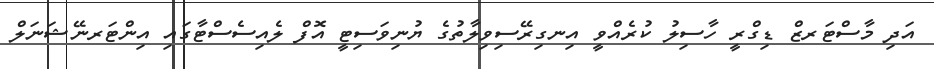
އަދި މާސްޓަރޒް ޑިގްރީ ހާސިލު ކުރެއްވީ އިނގިރޭސިވިލާތުގެ ޔުނިވަސިޓީ އޮފް ލެއިސެސްޓާގައި އިންޓަރނޭޝަނަލް